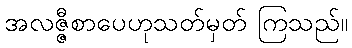
အလဇ္ဇီစာပေဟုသတ်မှတ် ကြသည်။